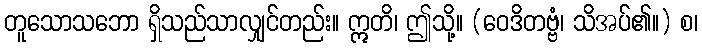
တူသောသဘော ရှိသည်သာလျှင်တည်း။ ဣတိ၊ ဤသို့။ (ဝေဒိတဗ္ဗံ၊ သိအပ်၏။) စ၊